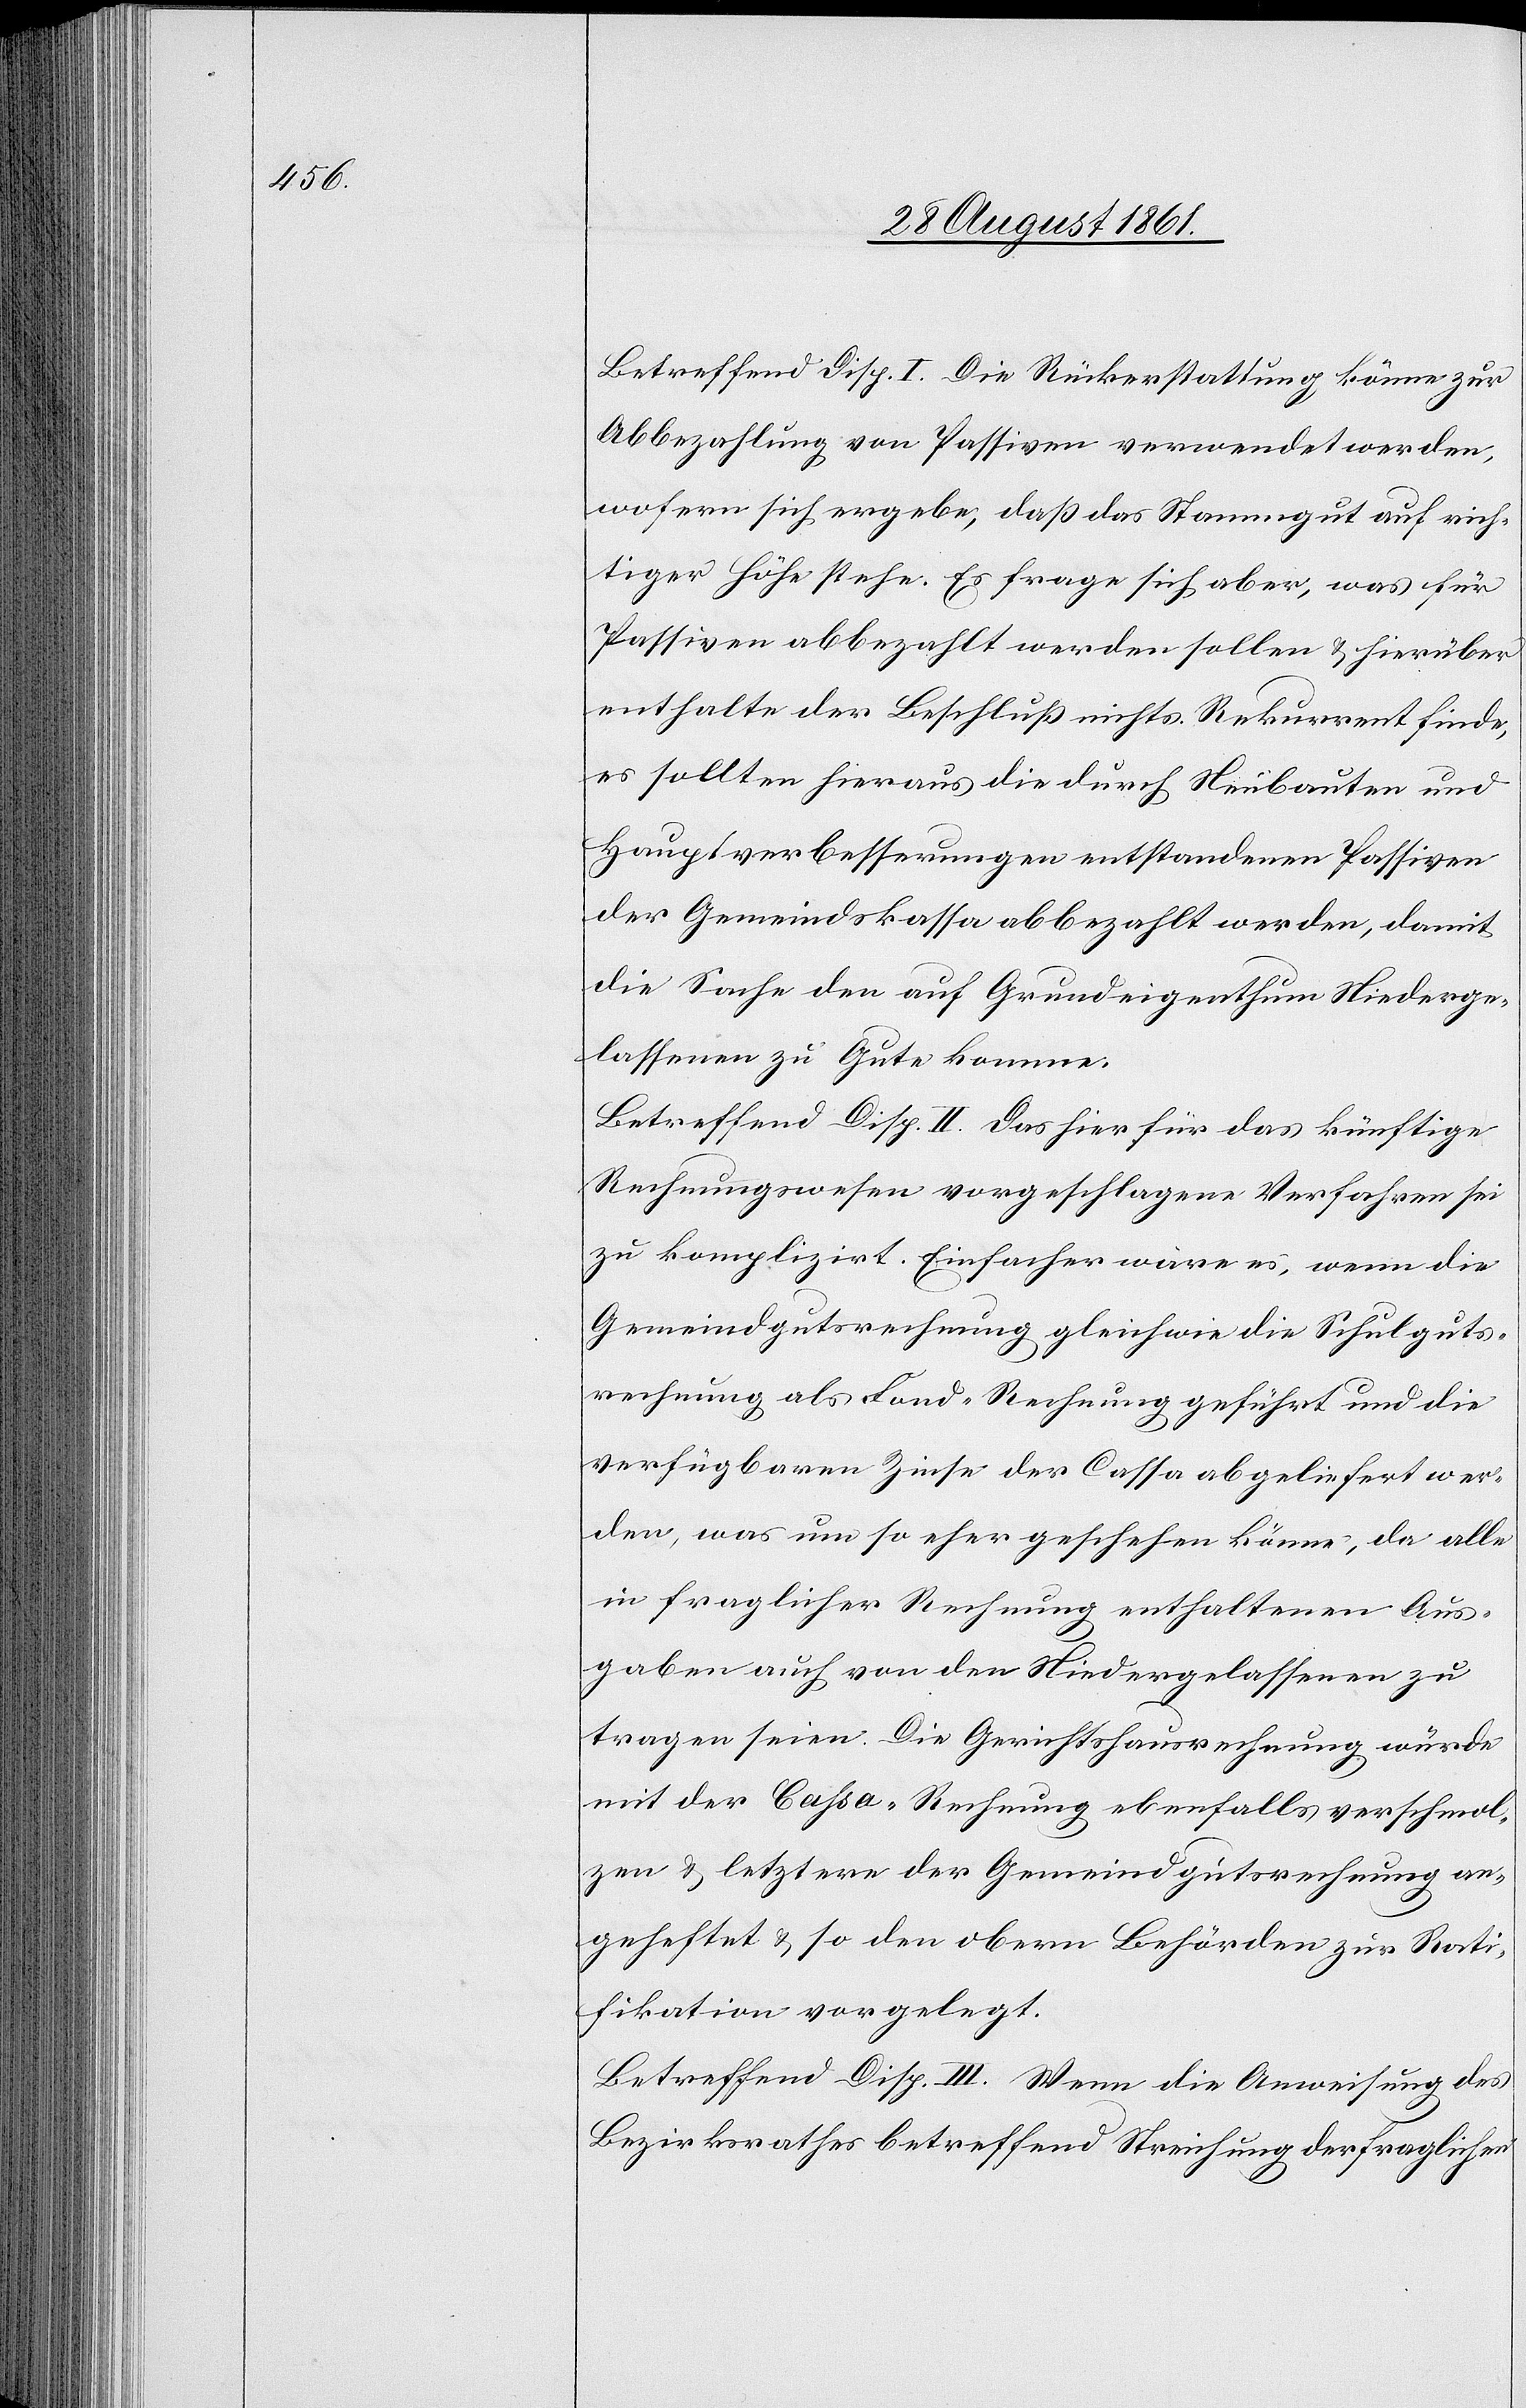
Betreffend Disp. I. Die Rückerstattung könne zur
Abbezahlung von Passiven verwendet werden,
wofern sich ergebe, daß das Stammgut auf rich¬
tiger Höhe stehe. Es frage sich aber, was für
Passiven abbezahlt werden sollen u. hierüber
enthalte der Beschluß nichts. Rekurrent finde,
es sollten hieraus die durch Neubauten und
Hauptverbesserungen entstandenen Passiven
der Gemeindskassa abbezahlt werden, damit
die Sache den auf Grundeigenthum Niederge¬
lassenen zu Gute komme.
Betreffend Disp. II. Das hier für das künftige
Rechnungswesen vorgeschlagene Verfahren sei
zu kompliziert. Einfacher wäre es, wenn die
Gemeindgutsrechnung gleich wie die Schulguts¬
rechnung als Land-Rechnung geführt und die
verfügbaren Zinse der Cassa abgeliefert wer¬
den, was um so eher geschehen könne, da alle
in fraglicher Rechnung enthaltenen Aus¬
gaben auch von den Niedergelassenen zu
tragen seien. Die Gerichtshausrechnung würde
mit der Cassa-Rechnung ebenfalls verschmol¬
zen u. letztere der Gemeindgutsrechnung an¬
geheftet u. so den obern Behörden zur Rati¬
fikation vorgelegt.
Betreffend Disp. III. Wenn die Anweisung des
Bezirksrathes betreffend Streichung der fraglichen